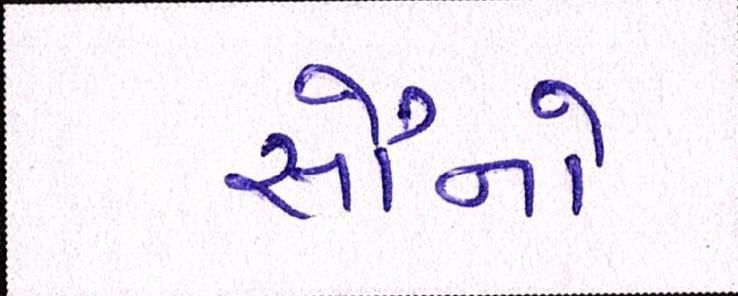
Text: સૌનો